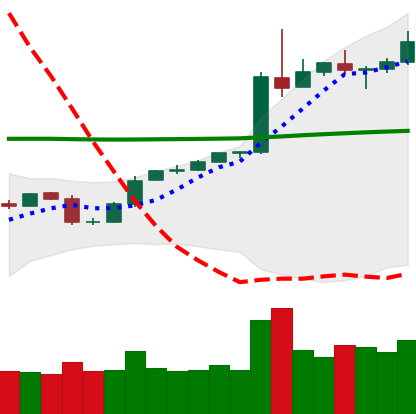
Ticker: BTC-USD
Chart end date: 2020-05-06
Forward return: -7.196%
Label: down_7plus